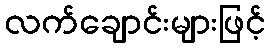
လက်ချောင်းများဖြင့်